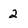
Character: 2